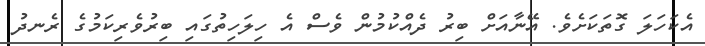
އެކަހަލަ ގޮތަކަށެވެ. އޭނާއަށް ބިރު ދެއްކުމުން ވެސް އެ ހިލަހިތުގައި ބިރުވެރިކަމުގެ ރެނދު